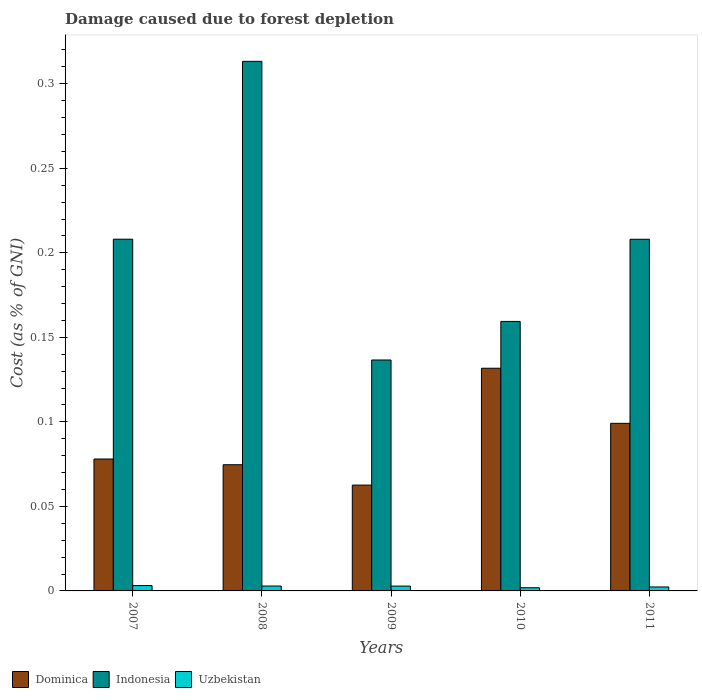
| Years | Dominica | Indonesia | Uzbekistan |
 | --- | --- | --- | --- |
 | 2007 | 0.078 | 0.208 | 0.00317 |
 | 2008 | 0.0747 | 0.313 | 0.00289 |
 | 2009 | 0.0626 | 0.137 | 0.00285 |
 | 2010 | 0.132 | 0.159 | 0.00188 |
 | 2011 | 0.0991 | 0.208 | 0.00235 |